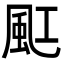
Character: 䫹